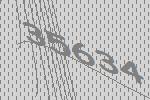
35634